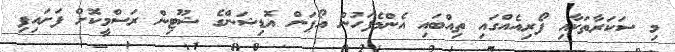
މި ސަކަރާތަކާއި ފޯރިއެއްގައި ތިއްބައި އެންމެފަހުން އޯޕަން އޮޑިޝަންގެ ޝޫޓިން ރަސްމީކޮށް ފަށައިފި